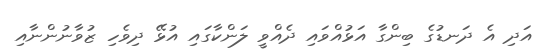
އަދި އެ ދަނޑުގެ ބިންގާ އަޅުއްވައި ދެއްވީ ލަންކާގައި އުޅޭ ދިވެހި ޒުވާނުންނާއި